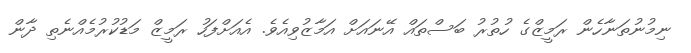
ނިމުނުތަނާހެން ރަމީޒްގެ ހުތުރު ބަސްތައް އޭނައަށް އަމާޒުވިއެވެ. އެއަށްފަހު ރަމީޒް މަޑުކުރުމެއްނެތި ދާން